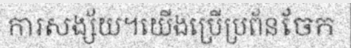
ការសង្ស័យ។យើងប្រើប្រព័នចែក